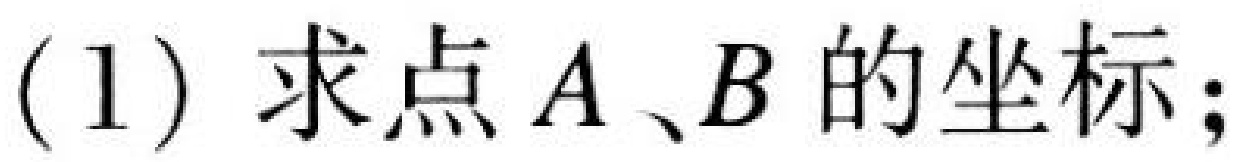
(1) 求点\(A、B\)的坐标；